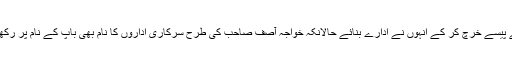
اپنے پلے سے پیسے خرچ کر کے انہوں نے ادارے بنائے حالانکہ خواجہ آصف صاحب کی طرح سرکاری اداروں کا نام بھی باپ کے نام پر رکھا جا سکتا تھا۔